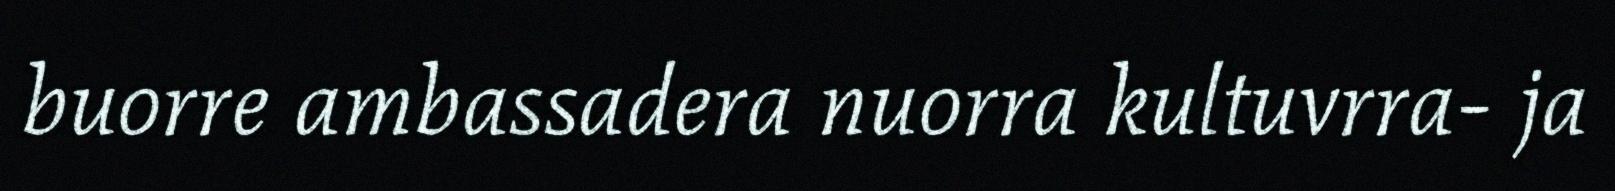
buorre ambassadera nuorra kultuvrra- ja